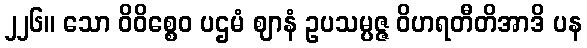
၂၂၆။ သော ဝိဝိစ္စေဝ ပဌမံ ဈာနံ ဥပသမ္ပဇ္ဇ ဝိဟရတီတိအာဒိ ပန